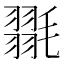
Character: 𭯥